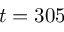
t = 3 0 5